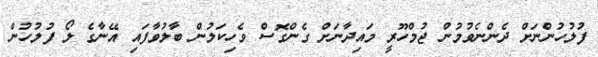
ފުލުހުންނަށް ދެންނެވުމުން ޖުމްހޫރީ މައިދާނަށް ގެންގޮސް ވެހިކަލުން ބާލުވާފައި އޭނާގެ ލޯ ފުލުހުން